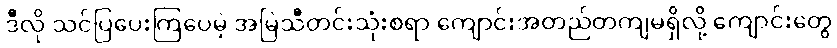
ဒီလို သင်ပြပေးကြပေမဲ့ အမြဲသီတင်းသုံးစရာ ကျောင်းအတည်တကျမရှိလို့ ကျောင်းတွေ